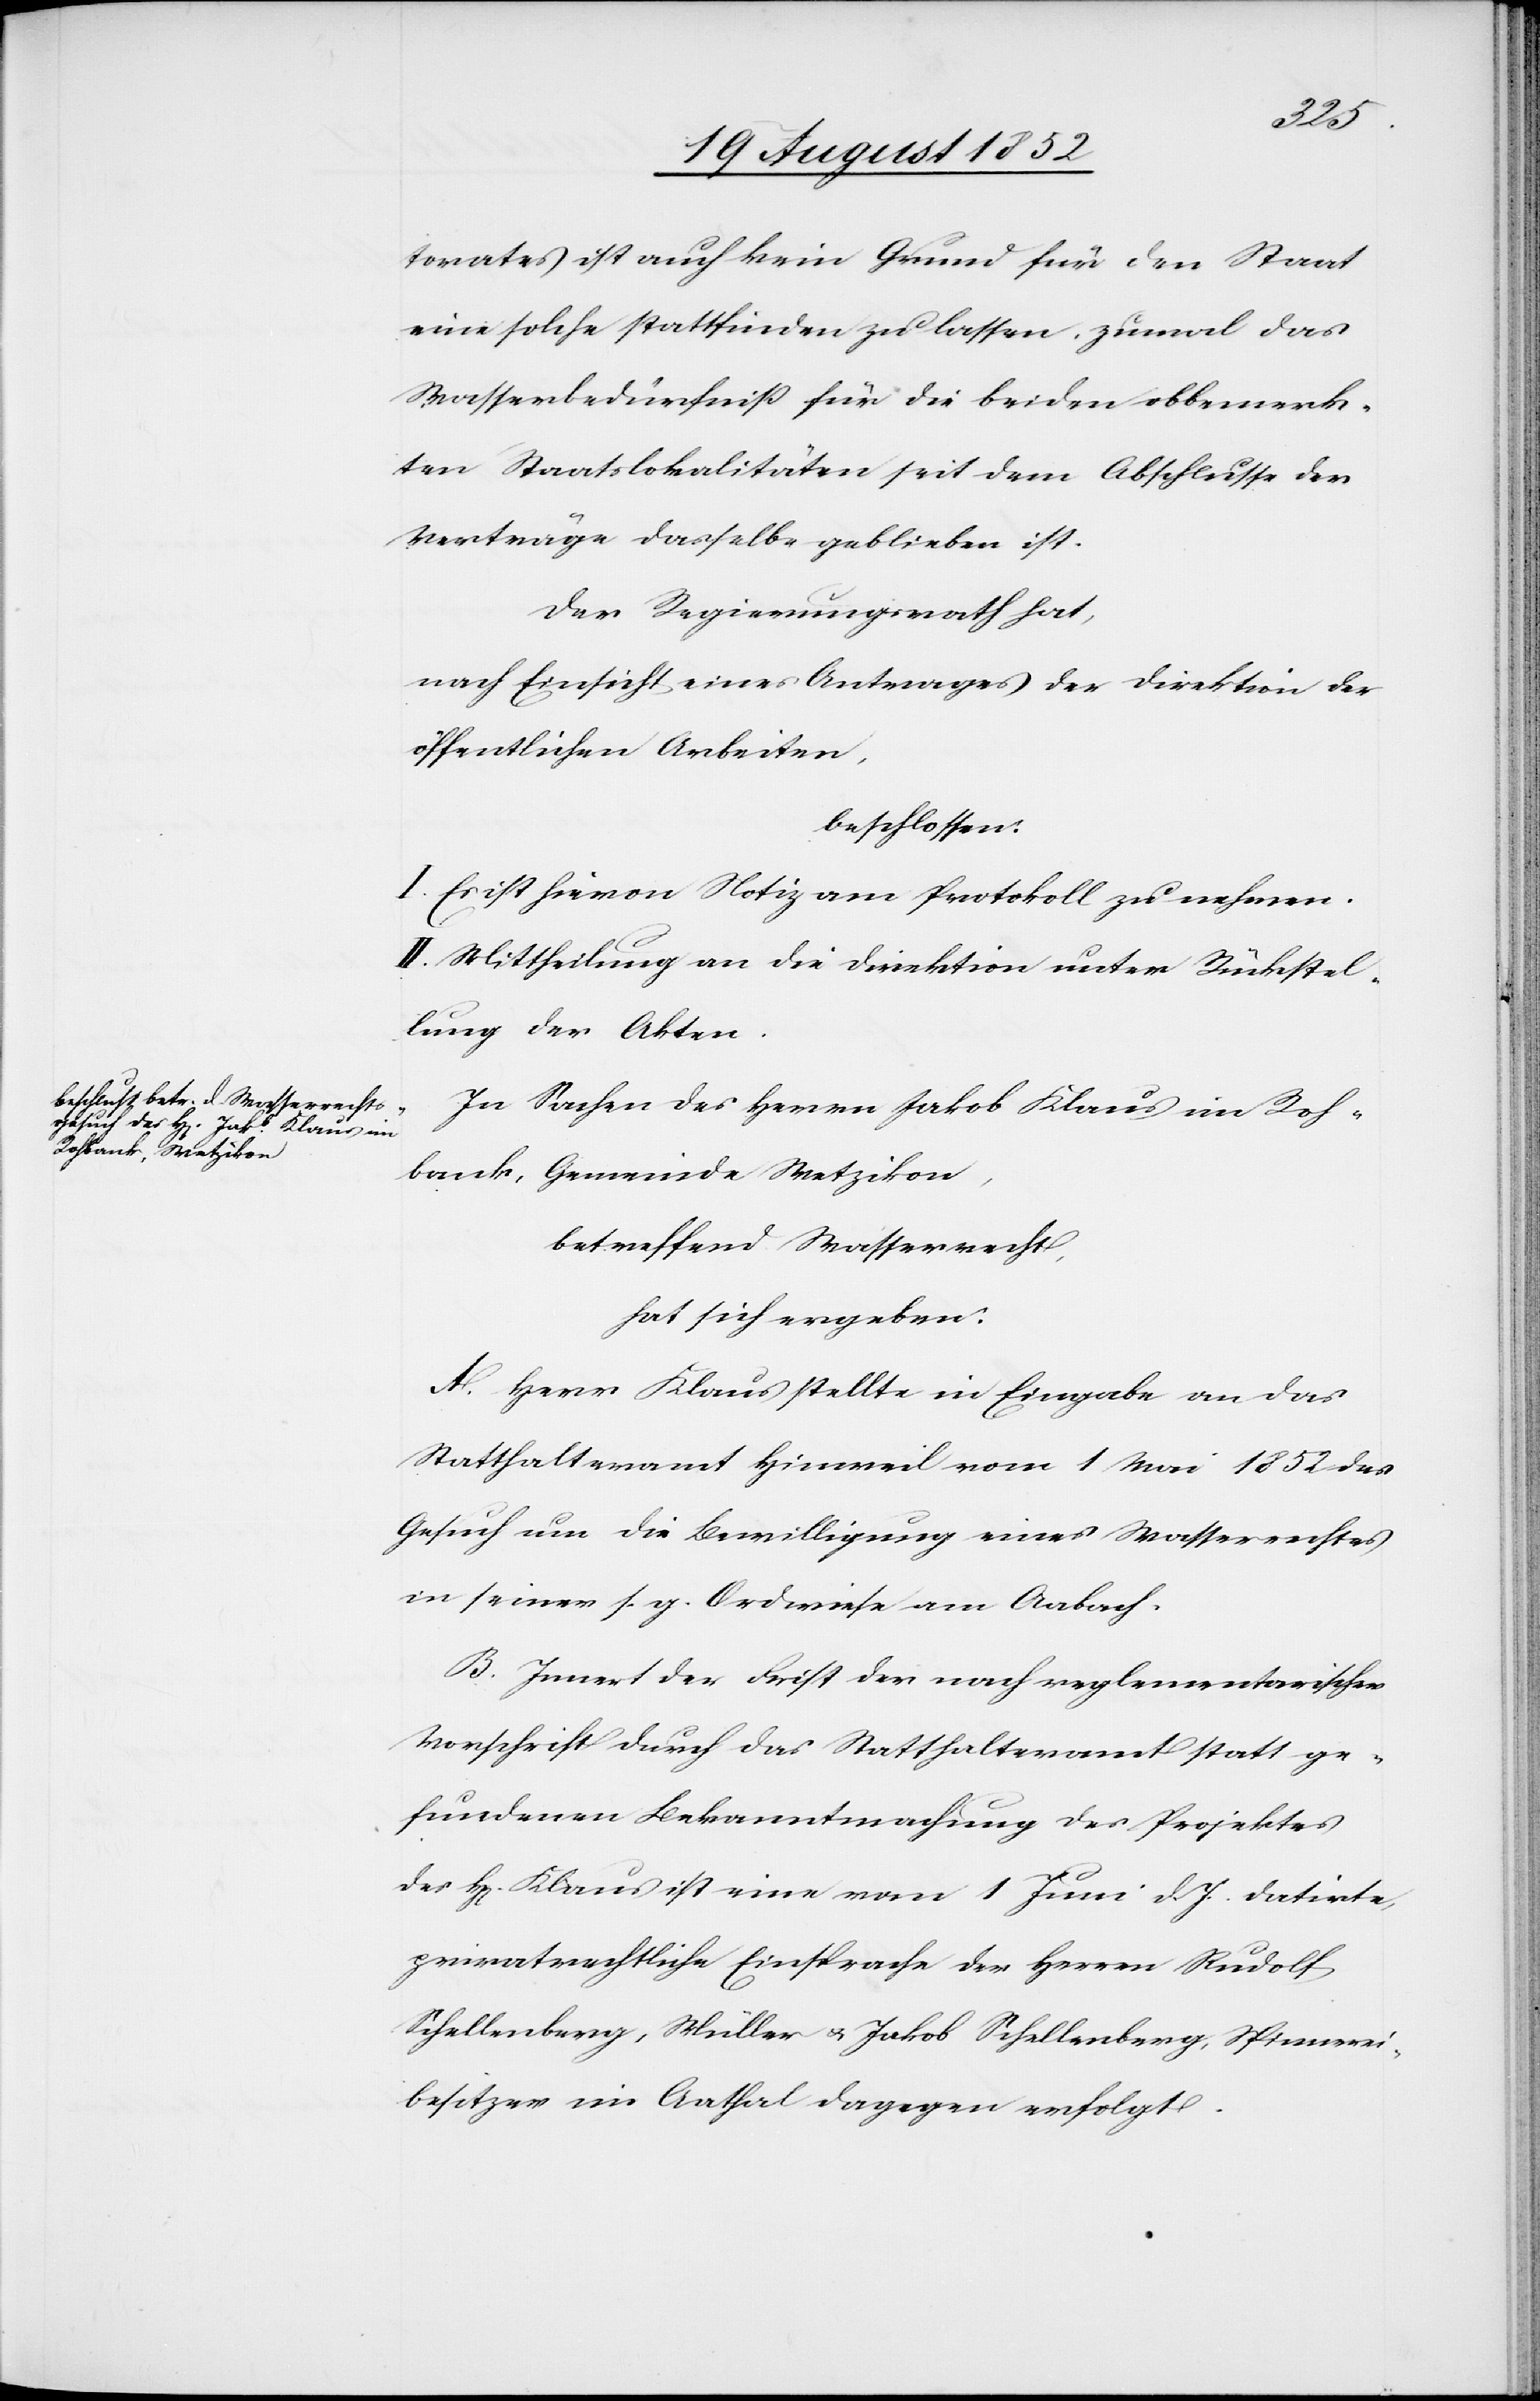
torates ist auch kein Grund für den Staat
eine solche stattfinden zu lassen, zumal das
Wasserbedürfniß für die beiden obbemerk¬
ten Staatslokalitäten seit dem Abschlusse der
Verträge dasselbe geblieben ist.
Der Regierungsrath hat,
nach Einsicht eines Antrages der Direktion der
öffentlichen Arbeiten,
beschlossen:
I. Es ist hievon Notiz am Protokoll zu nehmen.
II. Mittheilung an die Direktion unter Rückstel¬
lung der Akten.
In Sachen des Herrn Jakob Klaus im Roh¬
bank, Gemeinde Wetzikon,
betreffend Wasserrecht,
hat sich ergeben:
A. Herr Klaus stellte in Eingabe an das
Statthalteramt Hinweil vom 1 Mai 1852 das
Gesuch um die Bewilligung eines Wasserrechtes
in seiner s. g. Ordwiese am Aabach.
B. Innert der Frist der nach reglementarischer
Vorschrift durch das Statthalteramt statt ge¬
fundenen Bekanntmachung des Projektes
des H[errn] Klaus ist eine vom 1 Juni d. J. datirte,
privatrechtliche Einsprache der Herren Rudolf
Schellenberg, Müller & Jakob Schellenberg, Spinnerei¬
besitzer im Aathal dagegen erfolgt.